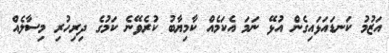
އަޒުމު ކަނޑައަޅައިގެން އުޅޭ ނަމަ އެކަމެއް ކާމިޔާބު ކުރެވޭނެ ކަމުގެ ދިރިހުރި މިސާލެއް